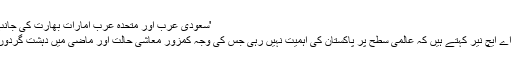
'سعودی عرب اور متحدہ عرب امارات بھارت کی جانب دیکھ رہے ہیں'
تجزیہ کار ڈاکٹر اے ایچ نیّر کہتے ہیں کہ عالمی سطح پر پاکستان کی اہمیت نہیں رہی جس کی وجہ کمزور معاشی حالت اور ماضی میں دہشت گردوں کی حمایت ہے۔